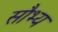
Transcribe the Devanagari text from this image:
सौभ्य